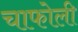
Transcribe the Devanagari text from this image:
चाफोली